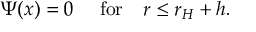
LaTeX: \Psi ( x ) = 0 ~ ~ ~ ~ \mathrm { f o r } ~ ~ ~ r \leq r _ { H } + h .